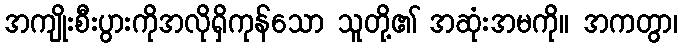
အကျိုးစီးပွားကိုအလိုရှိကုန်သော သူတို့၏ အဆုံးအမကို။ အကတွာ၊